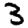
Digit: 3